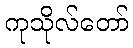
ကုသိုလ်တော်